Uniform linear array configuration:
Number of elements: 4
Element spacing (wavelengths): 0.5
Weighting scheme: kaiser
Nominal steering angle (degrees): -30
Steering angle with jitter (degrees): -28.221
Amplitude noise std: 0.05
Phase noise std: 0.05

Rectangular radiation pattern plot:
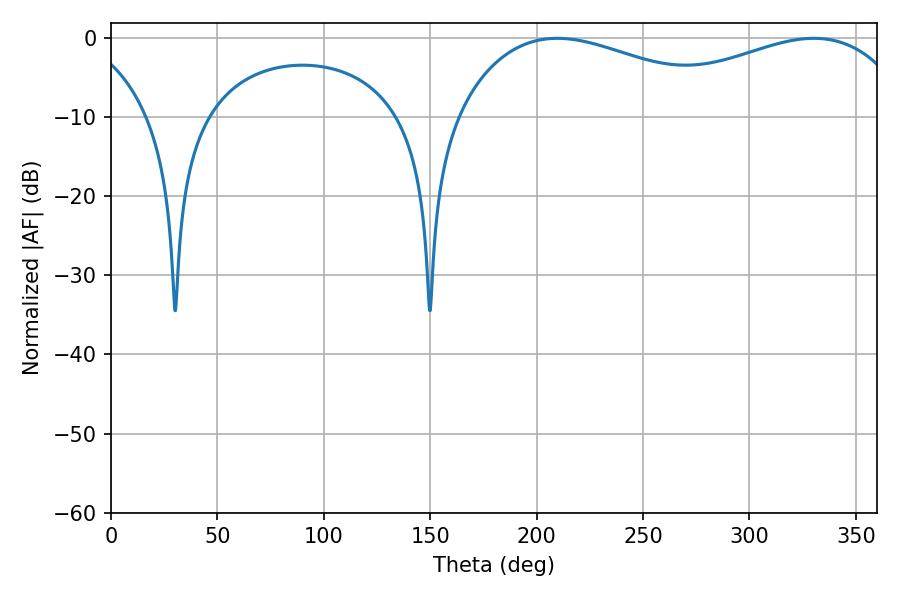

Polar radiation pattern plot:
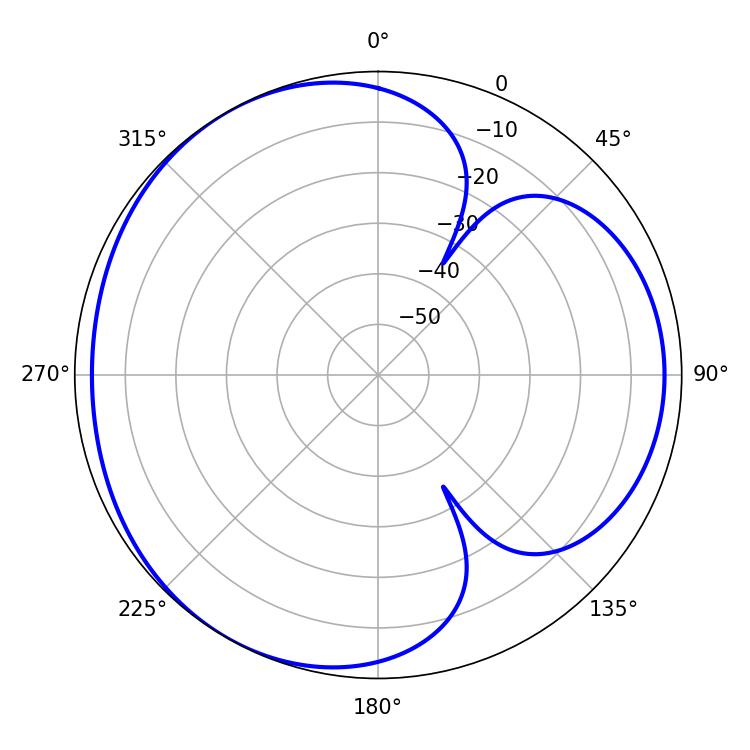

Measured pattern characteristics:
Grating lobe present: FALSE
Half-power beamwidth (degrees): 75.24
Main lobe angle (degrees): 209.7